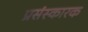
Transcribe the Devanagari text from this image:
प्रसंस्कारक